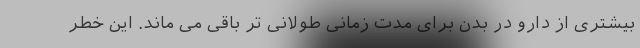
بیشتری از دارو در بدن برای مدت زمانی طولانی تر باقی می ماند. این خطر